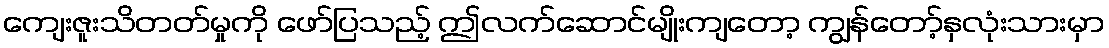
ကျေးဇူးသိတတ်မှုကို ဖော်ပြသည့် ဤလက်ဆောင်မျိုးကျတော့ ကျွန်တော့်နှလုံးသားမှာ